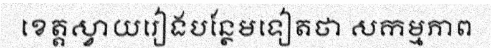
ខេត្តស្វាយរៀងបន្ថែមទៀតថា សកម្មភាព